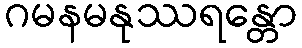
ဂမနမနုဿရန္တော